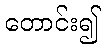
တောင်း၍